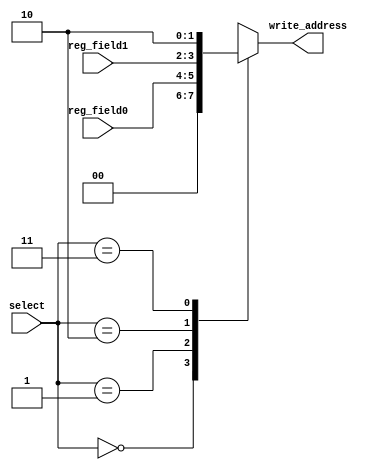
module write_address_select (input [1:0] select, input [1:0] reg_field0, reg_field1, output reg [1:0] write_address);

always@(select)
	case (select)
		2'b00: write_address= 2'b00;
		2'b01: write_address= reg_field0;
		2'b10: write_address= reg_field1;
		2'b11: write_address= 2'b10;
	endcase	


endmodule